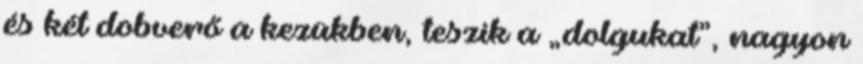
és két dobverő a kezükben, teszik a „dolgukat”, nagyon